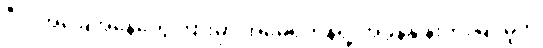
ဒီလိုအခြေအနေတွေကြားမှာ အမေရိကန်ရဲ့ အခွန်နှုန်းတိုးမြှင့်မှုက